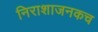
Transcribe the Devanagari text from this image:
निराशाजनकच